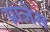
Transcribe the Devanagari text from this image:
प्राजेस